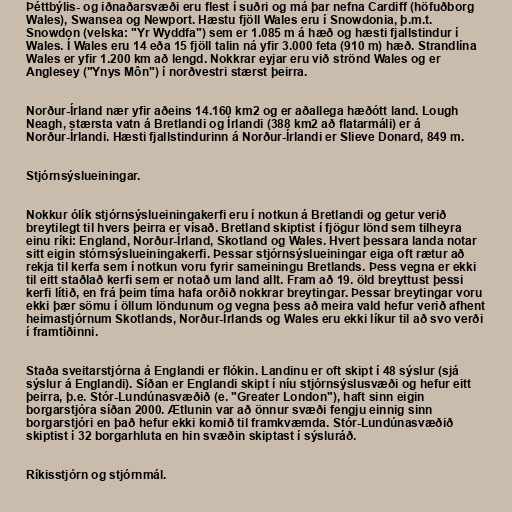
Þéttbýlis- og iðnaðarsvæði eru flest í suðri og má þar nefna Cardiff (höfuðborg
Wales), Swansea og Newport. Hæstu fjöll Wales eru í Snowdonia, þ.m.t.
Snowdon (velska: "Yr Wyddfa") sem er 1.085 m á hæð og hæsti fjallstindur í
Wales. Í Wales eru 14 eða 15 fjöll talin ná yfir 3.000 feta (910 m) hæð. Strandlína
Wales er yfir 1.200 km að lengd. Nokkrar eyjar eru við strönd Wales og er
Anglesey ("Ynys Môn") í norðvestri stærst þeirra.

Norður-Írland nær yfir aðeins 14.160 km2 og er aðallega hæðótt land. Lough
Neagh, stærsta vatn á Bretlandi og Írlandi (388 km2 að flatarmáli) er á
Norður-Írlandi. Hæsti fjallstindurinn á Norður-Írlandi er Slieve Donard, 849 m.

Stjórnsýslueiningar.

Nokkur ólík stjórnsýslueiningakerfi eru í notkun á Bretlandi og getur verið
breytilegt til hvers þeirra er vísað. Bretland skiptist í fjögur lönd sem tilheyra
einu ríki: England, Norður-Írland, Skotland og Wales. Hvert þessara landa notar
sitt eigin stórnsýslueiningakerfi. Þessar stjórnsýslueiningar eiga oft rætur að
rekja til kerfa sem í notkun voru fyrir sameiningu Bretlands. Þess vegna er ekki
til eitt staðlað kerfi sem er notað um land allt. Fram að 19. öld breyttust þessi
kerfi lítið, en frá þeim tíma hafa orðið nokkrar breytingar. Þessar breytingar voru
ekki þær sömu í öllum löndunum og vegna þess að meira vald hefur verið afhent
heimastjórnum Skotlands, Norður-Írlands og Wales eru ekki líkur til að svo verði
í framtíðinni.

Staða sveitarstjórna á Englandi er flókin. Landinu er oft skipt í 48 sýslur (sjá
sýslur á Englandi). Síðan er Englandi skipt í níu stjórnsýslusvæði og hefur eitt
þeirra, þ.e. Stór-Lundúnasvæðið (e. "Greater London"), haft sinn eigin
borgarstjóra síðan 2000. Ætlunin var að önnur svæði fengju einnig sinn
borgarstjóri en það hefur ekki komið til framkvæmda. Stór-Lundúnasvæðið
skiptist í 32 borgarhluta en hin svæðin skiptast í sýsluráð.

Ríkisstjórn og stjórnmál.